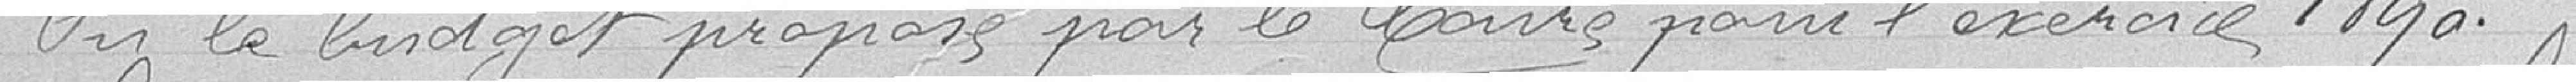
Vu le budget proposé par le Maire pour l'exercice 1890